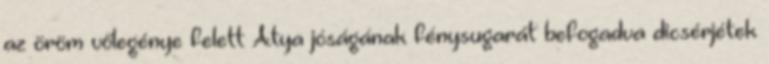
az öröm vőlegénye felett Atya jóságának fénysugarát befogadva dicsérjétek